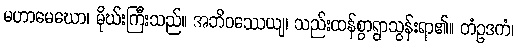
မဟာမေဃော၊ မိုဃ်းကြီးသည်။ အဘိဝဿေယျ၊ သည်းထန်စွာရွာသွန်းရာ၏။ တံဥဒကံ၊